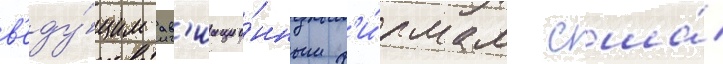
в'еду́щим ав'иацио́нным ф'и́рмам сша́